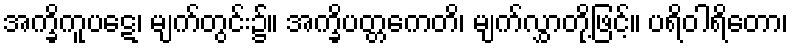
အက္ခိကူပဋေ၊ မျက်တွင်း၌။ အက္ခိပတ္တကေတိ၊ မျက်လွှာတို့ဖြင့်။ ပရိဝါရိတော၊